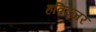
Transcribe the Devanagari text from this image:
हविट्जर